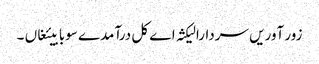
زور آوریں سردارا لیکثہ اے کل درآمدے سوبابیئغاں ۔